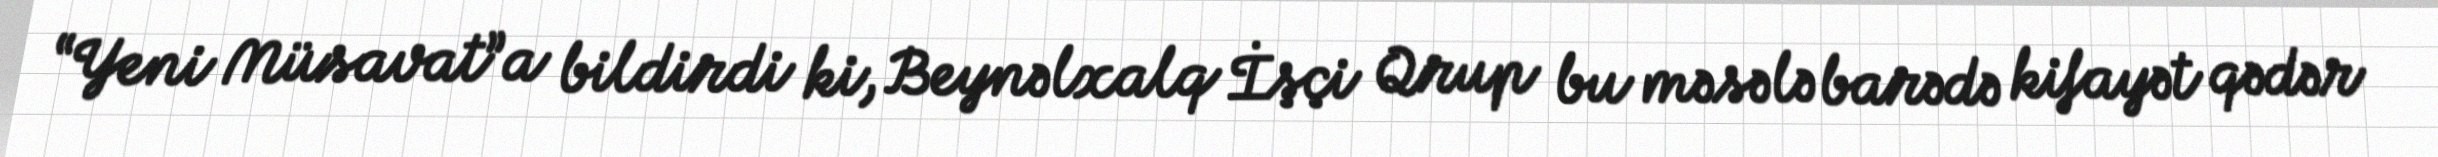
“Yeni Müsavat”a bildirdi ki, Beynəlxalq İşçi Qrup bu məsələ barədə kifayət qədər